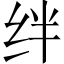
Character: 绊